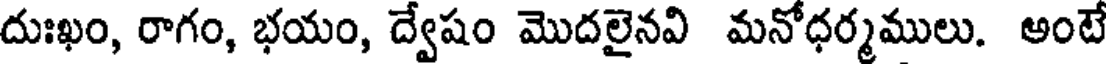
దుఃఖం, రాగం, భయం, ద్వేషం మొదలైనవి మనోధర్మములు. అంటే